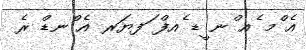
އެ ްމ ެއ ްނ ީޑ ެއފް ަފޔަރ އެ ްނޑް ރެ